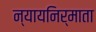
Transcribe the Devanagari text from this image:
न्यायनिर्माता